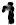
1